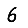
Digit: 6